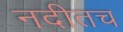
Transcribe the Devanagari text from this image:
नदीतच